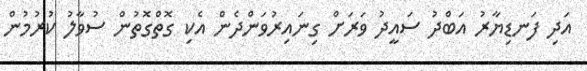
އަދި ފަނޑިޔާރު އަބްދު ސައީދު ވަރަށް ގިނައިރުވަންދެން އެކި ގޮތްގޮތުން ސުވާލު ކުރުމުން